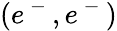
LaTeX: (e^{\mathrm{~-~}},e^{\mathrm{~-~}})